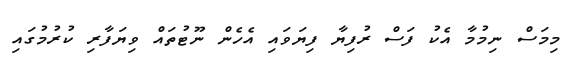
މިމަސް ނިމުމާ އެކު ފަސް ރުފިޔާ ފިޔަވަައި އެހެން ނޫޓުތައް ވިޔަފާރި ކުރުމުގައި